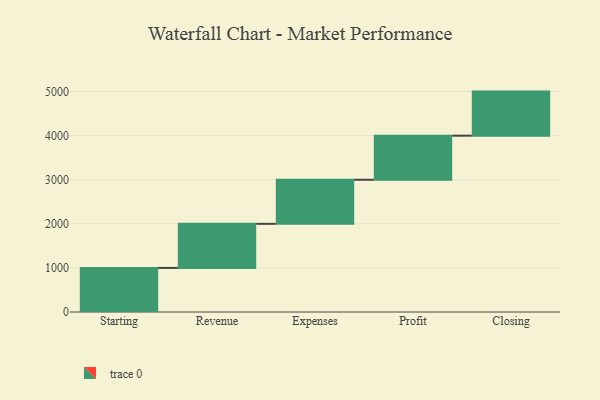
{"axis": {"x": "Step", "y": "Value"}, "legend": [""], "data": [{"x": "Starting", "y": 1000, "type": ""}, {"x": "Revenue", "y": 1000, "type": ""}, {"x": "Expenses", "y": 1000, "type": ""}, {"x": "Profit", "y": 1000, "type": ""}, {"x": "Closing", "y": 1000, "type": ""}]}